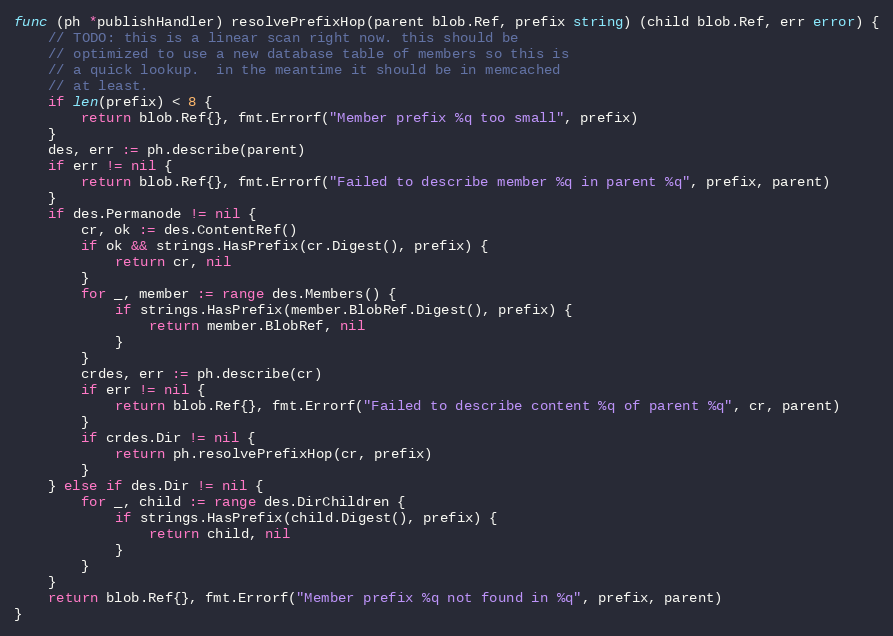
Language: Go
func (ph *publishHandler) resolvePrefixHop(parent blob.Ref, prefix string) (child blob.Ref, err error) {
	// TODO: this is a linear scan right now. this should be
	// optimized to use a new database table of members so this is
	// a quick lookup.  in the meantime it should be in memcached
	// at least.
	if len(prefix) < 8 {
		return blob.Ref{}, fmt.Errorf("Member prefix %q too small", prefix)
	}
	des, err := ph.describe(parent)
	if err != nil {
		return blob.Ref{}, fmt.Errorf("Failed to describe member %q in parent %q", prefix, parent)
	}
	if des.Permanode != nil {
		cr, ok := des.ContentRef()
		if ok && strings.HasPrefix(cr.Digest(), prefix) {
			return cr, nil
		}
		for _, member := range des.Members() {
			if strings.HasPrefix(member.BlobRef.Digest(), prefix) {
				return member.BlobRef, nil
			}
		}
		crdes, err := ph.describe(cr)
		if err != nil {
			return blob.Ref{}, fmt.Errorf("Failed to describe content %q of parent %q", cr, parent)
		}
		if crdes.Dir != nil {
			return ph.resolvePrefixHop(cr, prefix)
		}
	} else if des.Dir != nil {
		for _, child := range des.DirChildren {
			if strings.HasPrefix(child.Digest(), prefix) {
				return child, nil
			}
		}
	}
	return blob.Ref{}, fmt.Errorf("Member prefix %q not found in %q", prefix, parent)
}